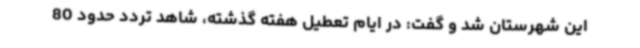
این شهرستان شد و گفت: در ایام تعطیل هفته گذشته، شاهد تردد حدود 80